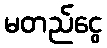
မတည်ငွေ